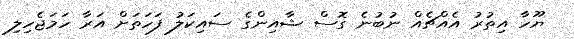
ޔޫހާ އިތުރު އެއްޗެއް ނުބުނެ ގޮސް ޝާއިންގެ ސައިކަލު ފަހަތަށް އަރާ ހަމަޖެހިލި